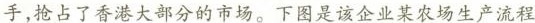
手，抢占了香港大部分的市场。下图是该企业某农场生产流程